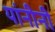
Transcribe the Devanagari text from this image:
यांनीनी